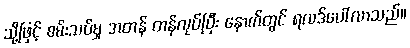
သို့ဖြင့် စမ်းသပ်မှု အတန် တန်လုပ်ပြီး နောက်တွင် ရလဒ်ပေါ်လာသည်။